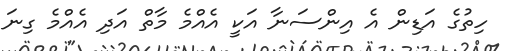
ހިތުގެ އަޑިން އެ އިންސަނާ އަކީ އެއްމެ މާތް އަދި އެއްމެ ގިނަ